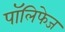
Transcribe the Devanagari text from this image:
पॉलिफेज